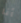
أنا